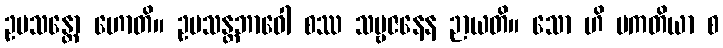
ဥပသန္တော ဟောတိ။ ဥပသန္တဘာဝေါ စဿ သဗ္ဗဇနေန ဉာယတိ။ သော ဟိ ပကတိယာ စ